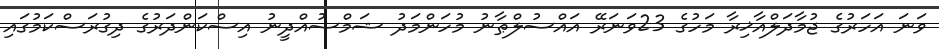
ވަނަ އަހަރުގެ ޖުމާދަލްއާޚިރާ މަހުގެ 23ވަނަރޭ އައްސުލްޠާނު މުހަންމަދު ޝަމްސުއްދީނު އިސްކަންދަރުގެ ދިގުރަސްކަމުގައި